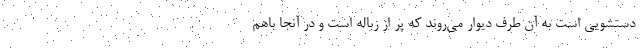
دستشویی است به آن طرف دیوار می‌روند که پر از زباله است و در آنجا باهم